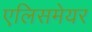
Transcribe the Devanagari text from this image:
एलिसमेयर